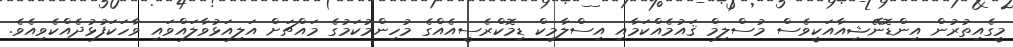
މީގެއިތުރުން އިންޑޮނޭޝިއާއަކީވެސް މުސްލިމް ޤައުމެއްކަމާއި އިސްލާމިކް ޑިމޮކްރެސީއެއްގެ މުހިންމުކަމުގެ މައްޗަށް އަލިއަޅުވާލައްވައި ވާހަކަފުޅުދެއްކެވިއެވެ.